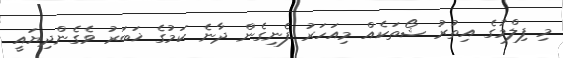
މި ފިލްމުގެ އިތުރު ޝޯތަކެއް މިއަހަރު ފެނިގެން ދާނެ ކަމުގެ ޚަބަރު ވެގެންދިޔައީ